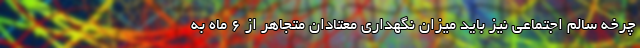
چرخه سالم اجتماعی نیز باید میزان نگهداری معتادان متجاهر از ۶ ماه به